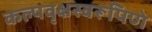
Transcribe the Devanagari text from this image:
कल्पवृक्षस्वरूपिणे